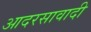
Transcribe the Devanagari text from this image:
आदरसावादी